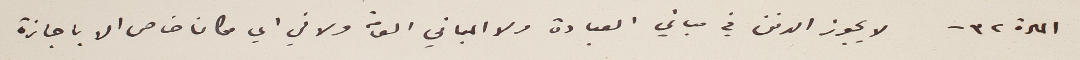
المادة ٣٢ - لا يجوز الدفن في مباني العبادة ولا المباني العامة ولا في اي مكان خاص الا باجازة